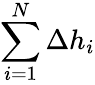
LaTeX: \sum_{i=1}^{N}\Delta h_{i}